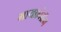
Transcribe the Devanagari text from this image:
मायक्रोग्रॅम